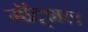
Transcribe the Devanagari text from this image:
गॉट्शल